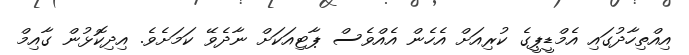
އިއްތިހާދުގައި އެމްޑީޕީގެ ކުރިއަށް އެހެން އެއްވެސް ޕާޓިއަކަށް ނާދެވޭ ކަމަށެވެ. އިދިކޮޅުން ގާއިމް